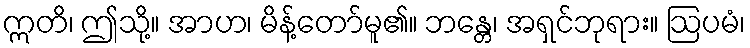
ဣတိ၊ ဤသို့။ အာဟ၊ မိန့်တော်မူ၏။ ဘန္တေ၊ အရှင်ဘုရား။ ဩပမံ၊